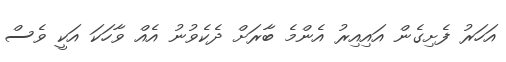
އަހަރު ފެށިގެން އައިއިރު އެންމެ ބާރަށް ދެކެވުނު އެއް ވާހަކަ އަކީ ވެސް